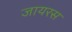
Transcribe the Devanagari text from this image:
जायरस